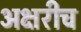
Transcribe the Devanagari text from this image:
अक्षरीच